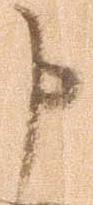
申